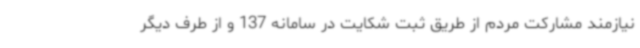
نیازمند مشارکت مردم از طریق ثبت شکایت در سامانه 137 و از طرف دیگر